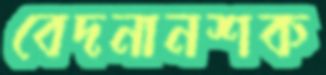
বেদনানশক